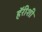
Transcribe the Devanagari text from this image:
हॅरीशी